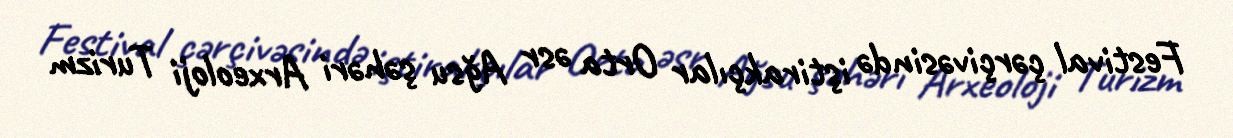
Festival çərçivəsində iştirakçılar Orta əsr Ağsu şəhəri Arxeoloji Turizm